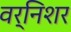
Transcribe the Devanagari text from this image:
वर्निशर